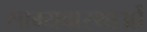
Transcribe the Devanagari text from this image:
साम्यवास्थाओं